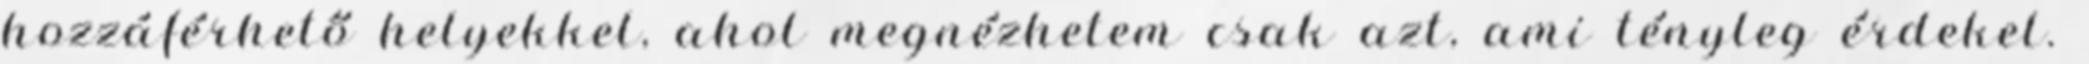
hozzáférhető helyekkel, ahol megnézhetem csak azt, ami tényleg érdekel.